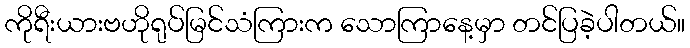
ကိုရီးယားဗဟိုရုပ်မြင်သံကြားက သောကြာနေ့မှာ တင်ပြခဲ့ပါတယ်။